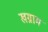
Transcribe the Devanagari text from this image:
खग्राम